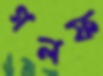
গলফ